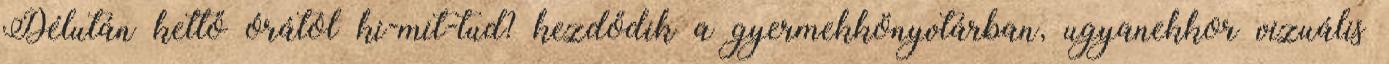
Délután kettő órától ki-mit-tud? kezdődik a gyermekkönyvtárban, ugyanekkor vizuális